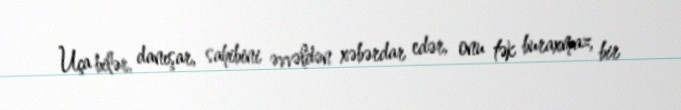
Uça bilər, danışar, sahibini əvvəldən xəbərdar edər, onu tək buraxmaz, bir